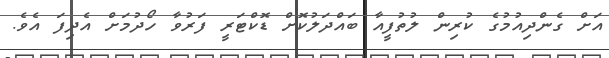
އަށް ގެންދިއުމުގެ ކުރިން ލުތުފީއާ ބައްދަލުކޮށް ޑޮކްޓަރީ ފަރުވާ ހޯދުމަށް އެދިފަ އެވެ.